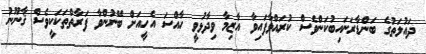
ދައުލަތުގެ ބަންޑާރަނައިބުކަންވެސް ކުރައްވާފައިވާ އާޒިމާ ވިދާޅުވީ ހާއްސަ އެހީއަށް ބޭނުންވާ ފަރާތްތަކަކީވެސް ޤާނޫނު